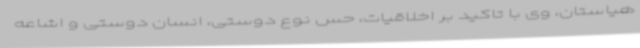
هیاستان، وی با تاکید بر اخلاقیات، حس نوع دوستی، انسان دوستی و اشاعه